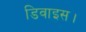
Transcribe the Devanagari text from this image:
डिवाइस।